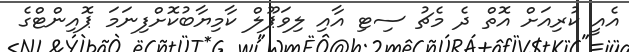
އެއީ ކުރިއަށް އޮތް ދެ މެޗު ސިޓި އާއި ލިވަޕޫލް ކާމިޔާބުކޮށްފިނަމަ ޕޮއިންޓްގެ